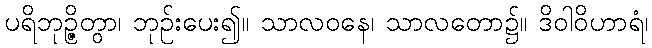
ပရိဘုဉ္ဇိတွာ၊ ဘုဉ်းပေး၍။ သာလဝနေ၊ သာလတော၌။ ဒိဝါဝိဟာရံ၊